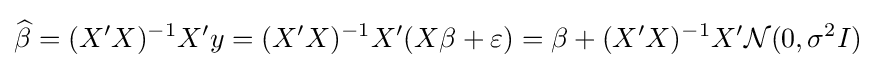
{\widehat {\beta }}=(X'X)^{-1}X'y=(X'X)^{-1}X'(X\beta +\varepsilon )=\beta +(X'X)^{-1}X'{\mathcal {N}}(0,\sigma ^{2}I)